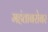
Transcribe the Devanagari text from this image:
महंताबरोबर